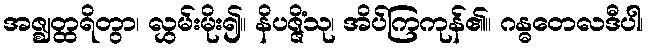
အဇ္ဈတ္ထရိတွာ၊ လွှမ်းမိုး၍။ နိပဇ္ဇိံသု၊ အိပ်ကြကုန်၏။ ဂန္ဓတေလဒီပါ၊